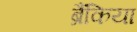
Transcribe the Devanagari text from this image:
ब्रैंकिया